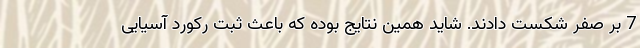
7 بر صفر شکست دادند. شاید همین نتایج بوده که باعث ثبت رکورد آسیایی